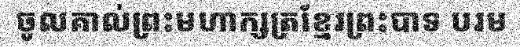
ចូលគាល់ព្រះមហាក្សត្រខ្មែរព្រះបាទ បរម